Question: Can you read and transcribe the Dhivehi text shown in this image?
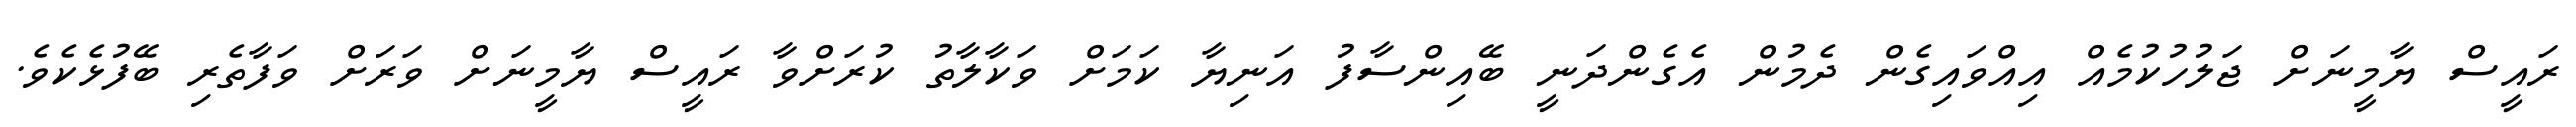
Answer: ރައީސް ޔާމީނަށް ޖަލުހުކުމެއް އިއްވައިގެން ދެމުން އެގެންދަނީ ބޭއިންސާފު އަނިޔާ ކަމަށް ވަކާލާތު ކުރަށްވާ ރައީސް ޔާމީނަށް ވަރަށް ވަފާތެރި ބޭފުޅެކެވެ.